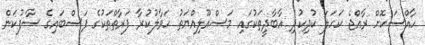
ހާއްސަކޮށް ރާއްޖެ ކަހަލަ ކުދިކުދި އާބާދީތަކުގައި މަސްއޫލިއްޔަތު ހަވާލުކުރާ ފަރާތްތަކުގެ ފަސްބައިގެ ސާފުކަން